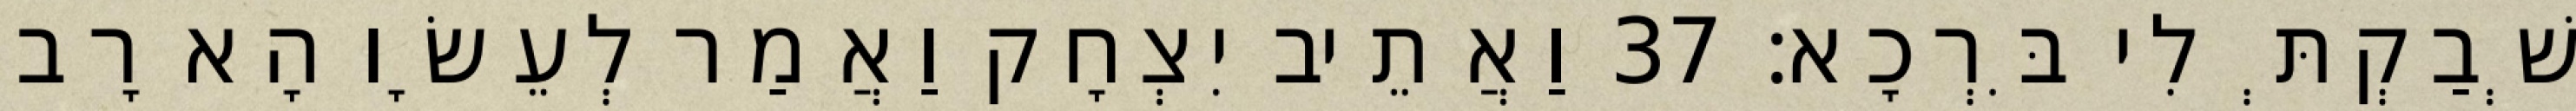
שְׁבַקְתְּ לִי בִּרְכָא׃ 37 וַאֲתֵיב יִצְחָק וַאֲמַר לְעֵשָׂו הָא רָב